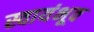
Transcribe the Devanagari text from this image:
स्वायंभूव